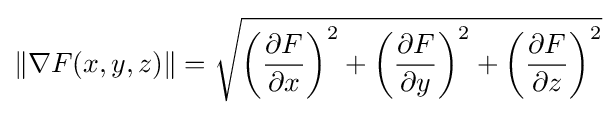
\|\nabla F(x,y,z)\|={\sqrt {\left({\frac {\partial F}{\partial x}}\right)^{2}+\left({\frac {\partial F}{\partial y}}\right)^{2}+\left({\frac {\partial F}{\partial z}}\right)^{2}}}